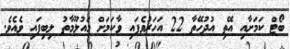
ބޯޓް ކަމަށާއި އޭތި އުދުހޭތާ 22 އަހަރުވެފައި ވާކަމަށް މައުލޫމާތު ލިބިފައި ވެއެވެ.